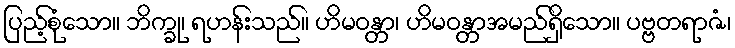
ပြည့်စုံသော။ ဘိက္ခု၊ ရဟန်းသည်။ ဟိမဝန္တာ၊ ဟိမဝန္တာအမည်ရှိသော။ ပဗ္ဗတရာဇံ၊